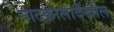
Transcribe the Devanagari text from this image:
नाटकालादेखील